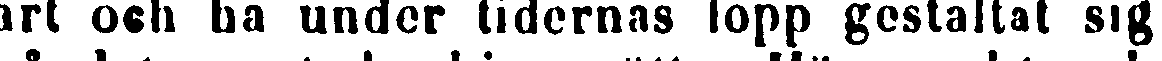
art och ha under tidernas lopp gestaltat sig